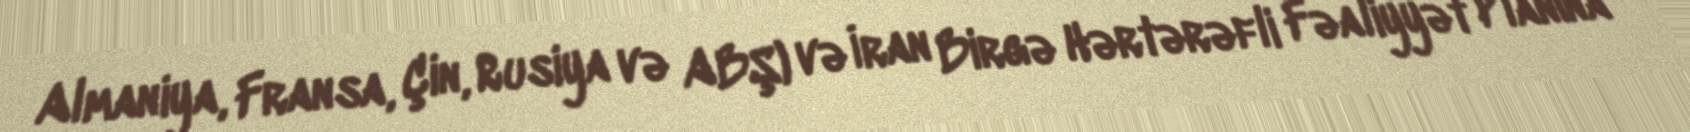
Almaniya, Fransa, Çin, Rusiya və ABŞ) və İran Birgə Hərtərəfli Fəaliyyət Planına